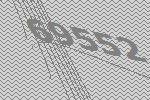
69552